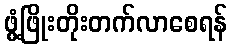
ဖွံ့ဖြိုးတိုးတက်လာစေရန်